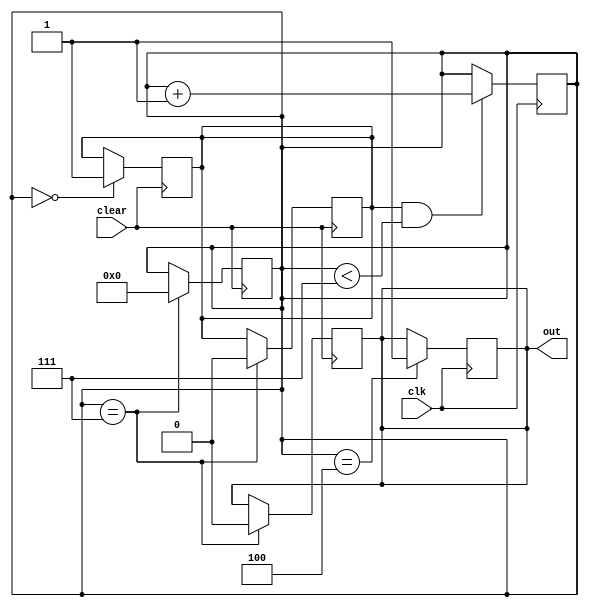
module counter0_7 (
    input wire clk,
    input wire clear,
    output reg out
);

reg [3:0]count; 
reg is_counting = 0; // Mantm o estado da conta

initial begin // Valor inicial
    out <= 0;
    count <= 0;
end

always @(posedge clear) begin // ativo quando um nmero do teclado  pressionado
    if (count == 3'd0) begin
        is_counting = 1;
    end
end

always @(negedge clear) begin // quando o numero do teclado  solto, contagem vai at 7. 
    if (count == 3'd7) begin
        is_counting = 0;
        count = 3'd0;
        out = 0;
    end
end

always @(posedge clk) begin 
    if (is_counting && count < 3'd7) begin
        count <= count + 1;
    end

    if (count == 3'd4) begin
        out <= 1;
    end
end


endmodule